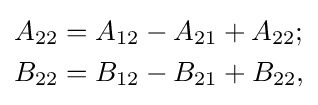
{\begin{aligned}A_{22}&=A_{12}-A_{21}+A_{22};\\B_{22}&=B_{12}-B_{21}+B_{22},\end{aligned}}